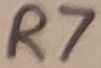
Text: R7